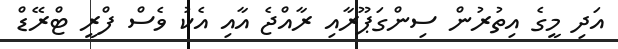
އަދި މީގެ އިތުރުން ސިންގަޕޫރާއި ރާއްޖެ އާއި އެކު ވެސް ފްރީ ޓްރޭޑް